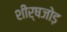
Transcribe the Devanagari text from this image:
शीर्षजोड़